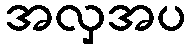
အလှအပ